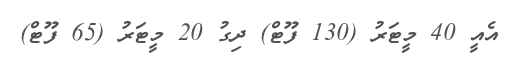
އެއީ 40 މީޓަރު (130 ފޫޓް) ދިގު 20 މީޓަރު (65 ފޫޓް)